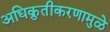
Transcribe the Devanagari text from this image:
अधिक्रुतीकरणामुळे